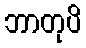
ဘာတုပိ